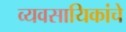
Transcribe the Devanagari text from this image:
व्यवसायिकांचे